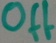
Text: Off